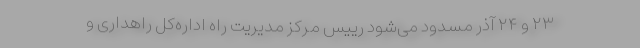
۲۳ و ۲۴ آذر مسدود می‌شود رییس مرکز مدیریت راه اداره‌کل راهداری و